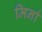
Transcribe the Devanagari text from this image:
मिर्ना